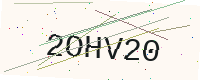
Text: 2OHV20